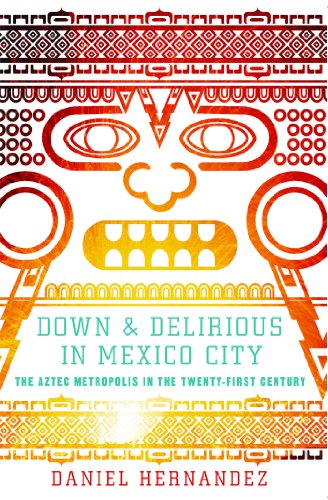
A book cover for Down and Delirious in Mexico City: The Aztec Metropolis in the Twenty-First Century; Daniel Hernandez; History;